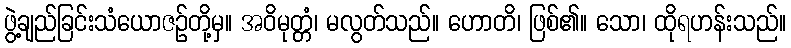
ဖွဲ့ချည်ခြင်းသံယောဇဉ်တို့မှ။ အဝိမုတ္တံ၊ မလွတ်သည်။ ဟောတိ၊ ဖြစ်၏။ သော၊ ထိုရဟန်းသည်။